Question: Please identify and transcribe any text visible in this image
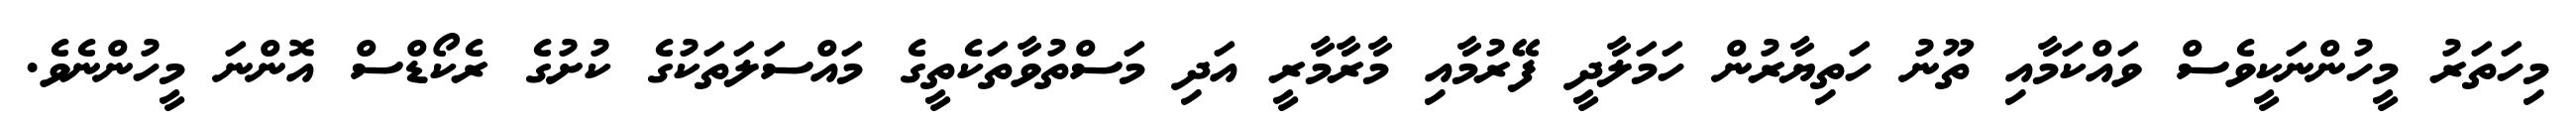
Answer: މިހަތަރު މީހުންނަކީވެސް ވައްކަމާއި ތޫނު ހަތިޔާރުން ހަމަލާދީ ފޭރުމާއި މާރާމާރީ އަދި މަސްތުވާތަކެތީގެ މައްސަލަތަކުގެ ކުށުގެ ރެކޯޑްސް އޮންނަ މީހުންނެވެ.